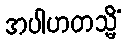
အပါဟတသ္မိံ